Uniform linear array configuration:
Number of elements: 8
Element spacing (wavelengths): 1
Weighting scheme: blackman
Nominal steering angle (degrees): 60
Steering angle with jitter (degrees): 58.483
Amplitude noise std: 0.05
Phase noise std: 0.05

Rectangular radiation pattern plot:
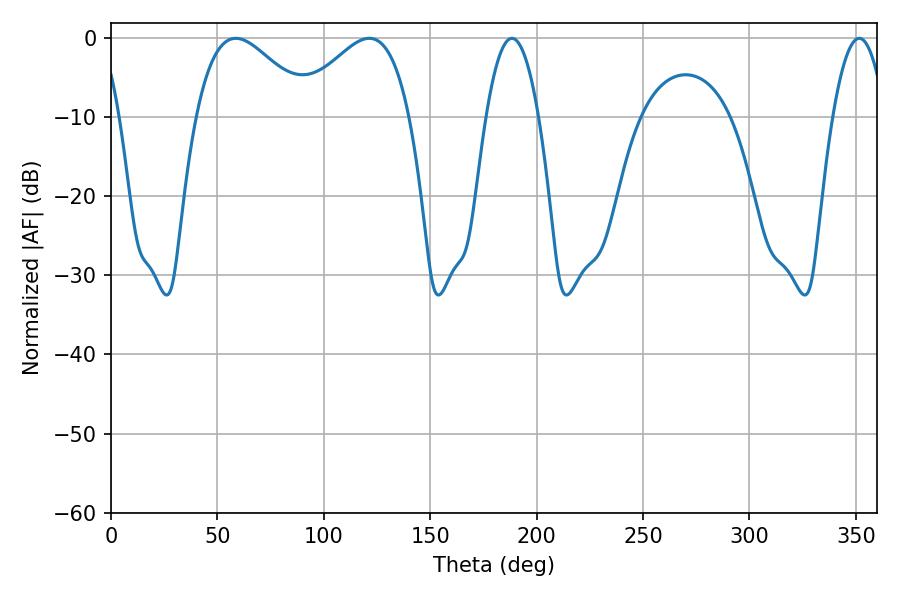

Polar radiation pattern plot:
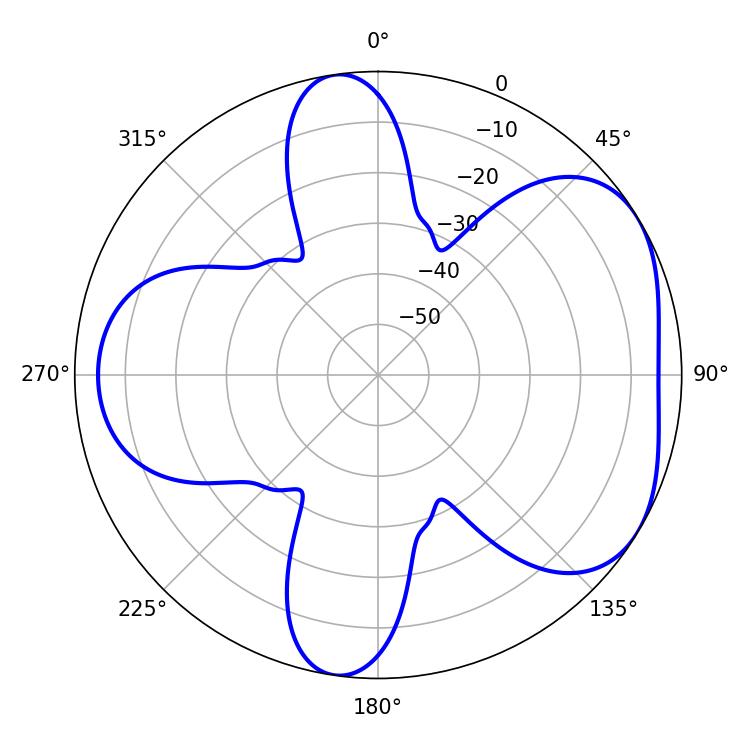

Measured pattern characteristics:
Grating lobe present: TRUE
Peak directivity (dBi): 4.752
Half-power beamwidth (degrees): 28.98
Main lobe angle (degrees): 58.68